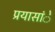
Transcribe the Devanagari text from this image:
प्रयासांे